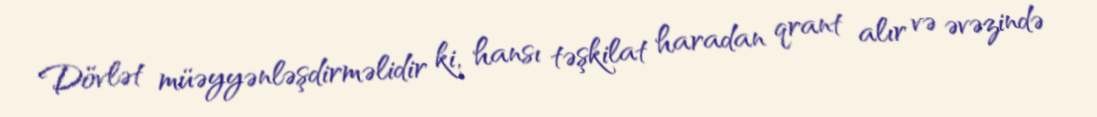
Dövlət müəyyənləşdirməlidir ki, hansı təşkilat haradan qrant alır və əvəzində